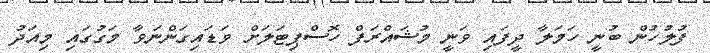
ފުލުހުން ބުނީ ހަމަލާ ދީފައި ވަނީ މުޝައްރަފް ހޮސްޕިޓަލަށް ވަޑައިގަންނަވާ މަގުގައި މިއަދު